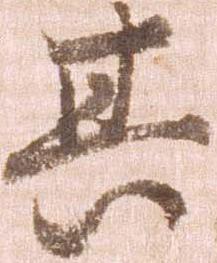
其